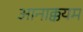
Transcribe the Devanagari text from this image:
आनाक्कयम